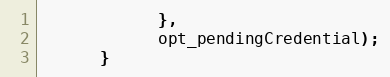
Language: JavaScript
            },
            opt_pendingCredential);
      }